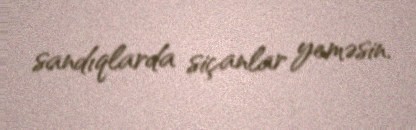
sandıqlarda siçanlar yeməsin.